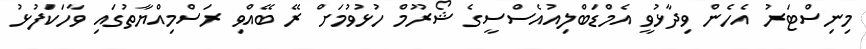
މިނިސްޓަރު އެހެން ވިދާޅުވީ އެމްޑަބްލިއުއެސްސީގެ ޝޯރޫމް ހުޅުވުމަށް ރޭ ބޭއްވި ރަސްމިއްޔާތުގައި ވާހަކަފުޅު